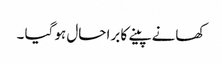
کھانے پینے کا برا حال ہو گیا ۔